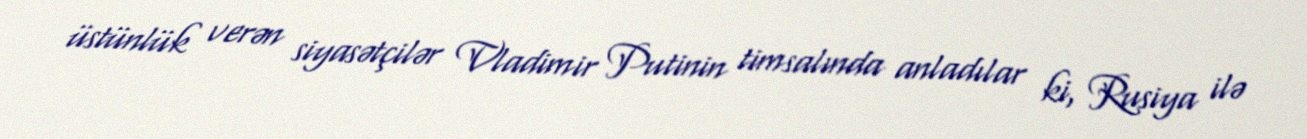
üstünlük verən siyasətçilər Vladimir Putinin timsalında anladılar ki, Rusiya ilə